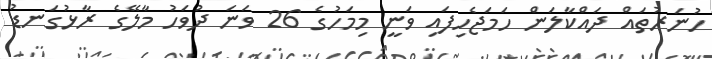
ހުނަރުތައް ދައްކާލަން ހަމަޖެހިފައި ވަނީ މިމަހުގެ 26 ވަނަ ދުވަހު މާލޭގެ ރާޅުގަނޑު